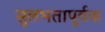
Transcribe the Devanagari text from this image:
सुलभतापूर्वक